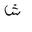
Letter: _shin